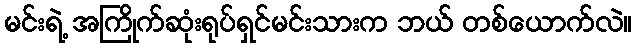
မင်းရဲ့ အကြိုက်ဆုံးရုပ်ရှင်မင်းသားက ဘယ် တစ်ယောက်လဲ။